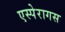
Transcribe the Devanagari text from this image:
एस्पेरागस